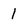
Character: 1